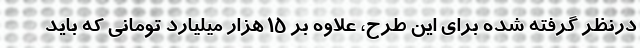
درنظر گرفته شده برای این طرح، علاوه بر ۱۵ هزار میلیارد تومانی که باید